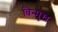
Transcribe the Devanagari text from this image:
विन्‍मुख